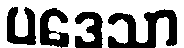
ပဒေသာ